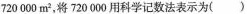
720000m^{2}，将720000用科学记数法表示为( )